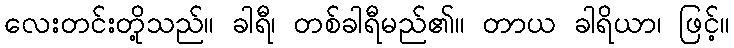
လေးတင်းတို့သည်။ ခါရီ၊ တစ်ခါရီမည်၏။ တာယ ခါရိယာ၊ ဖြင့်။